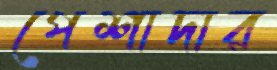
পেশাদার